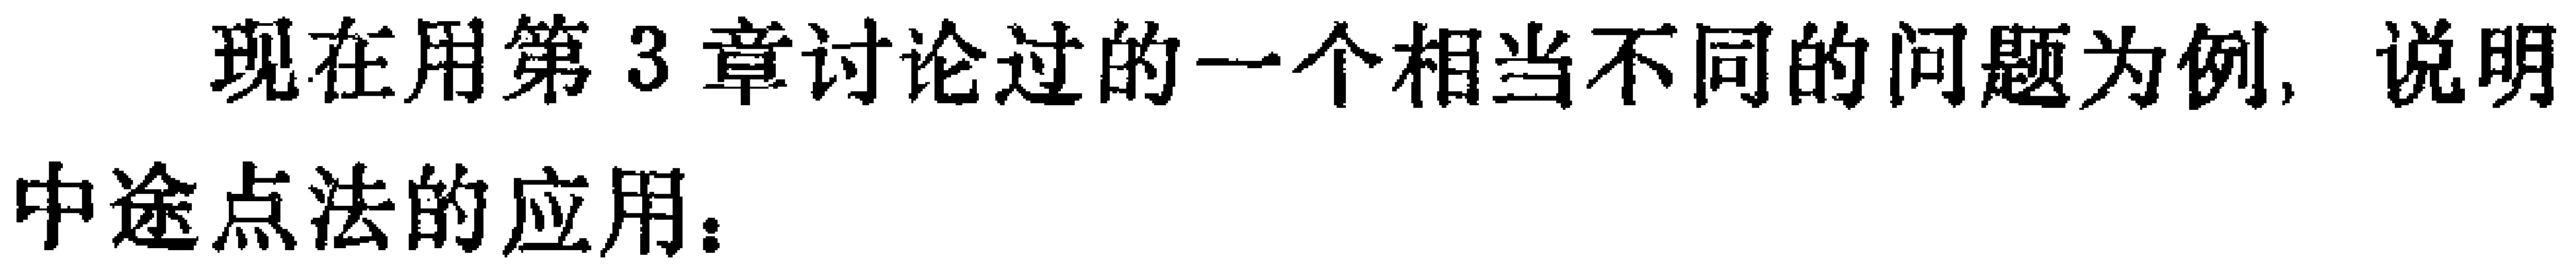
现在用第3章讨论过的一个相当不同的问题为例，说明
中途点法的应用：